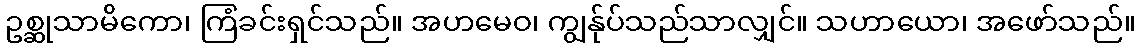
ဥစ္ဆုသာမိကော၊ ကြံခင်းရှင်သည်။ အဟမေဝ၊ ကျွန်ုပ်သည်သာလျှင်။ သဟာယော၊ အဖော်သည်။